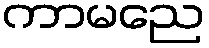
ကာမညေ